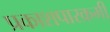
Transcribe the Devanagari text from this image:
प्रकाशपारक्रमी